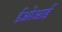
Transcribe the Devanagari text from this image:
ईओआई